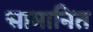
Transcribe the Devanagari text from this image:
सामानित